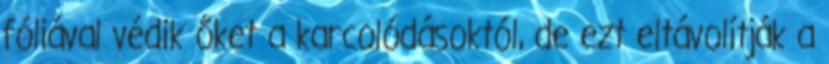
fóliával védik őket a karcolódásoktól, de ezt eltávolítják a